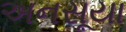
અનસૂયા